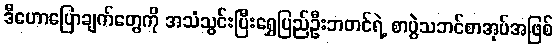
ဒီဟောပြောချက်တွေကို အသံသွင်းပြီးရွှေပြည်ဦးဘတင်ရဲ့ စာပွဲသဘင်စာအုပ်အဖြစ်